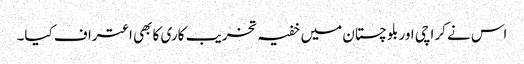
اس نے کراچی اور بلوچستان میں خفیہ تخریب کاری کا بھی اعتراف کیا۔